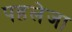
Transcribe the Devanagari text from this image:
पहलेजा